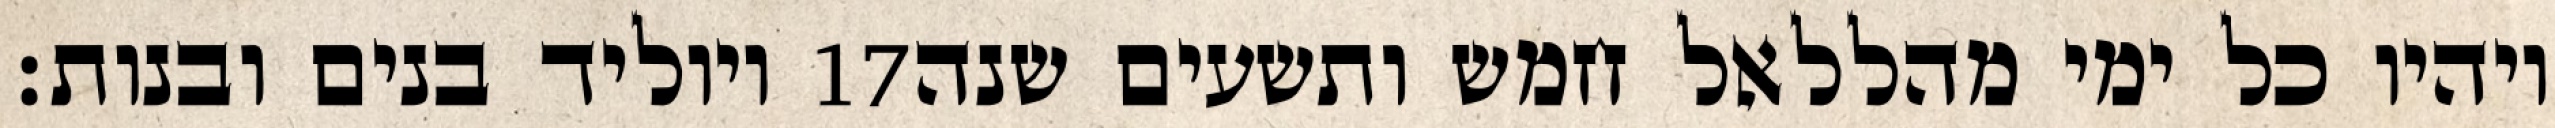
ויוליד בנים ובנות׃ ‎17‏ ויהיו כל ימי מהללאל חמש ותשעים שנה